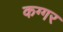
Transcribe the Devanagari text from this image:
कग्गर